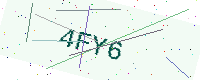
Text: 4FY6